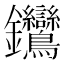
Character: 𨰽